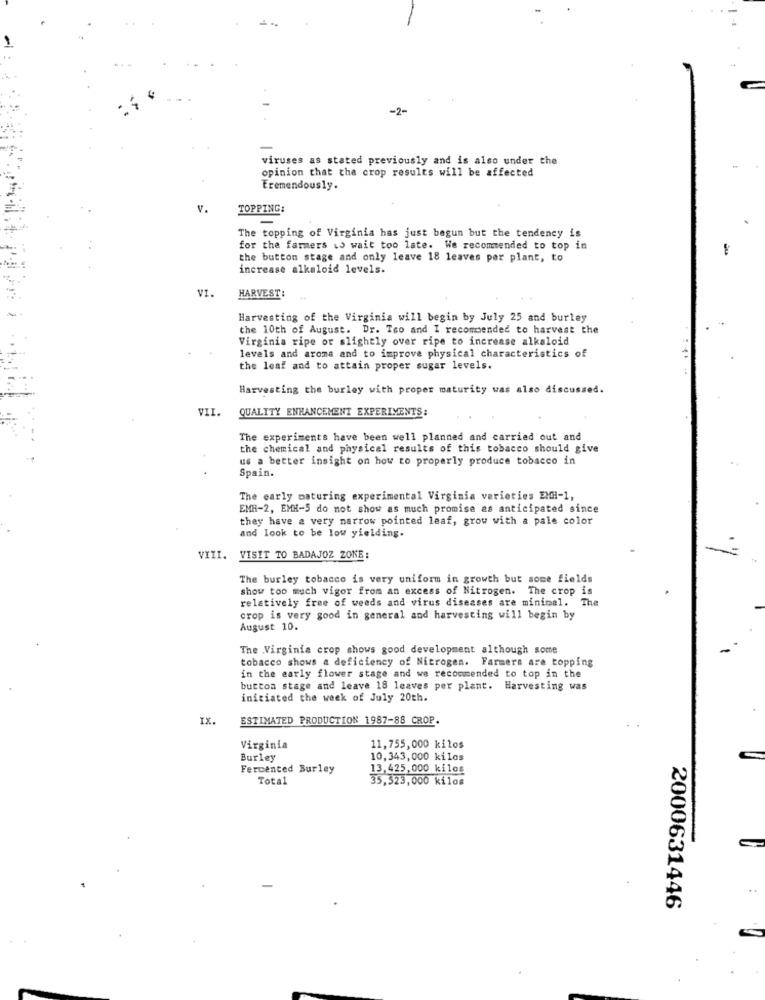
-2-
viruses as stated previously and is also under the
opinion that the crop results will be affected
Eremendously.
v.
TOPPING:
=
The topping of Virginia has just begun but the tendency is
for the farmers to wait too late. We recommended to top in
the button stage and only leave 18 leaves per plant, to
increase alkaloid levels.
VI.
HARVEST:
Harvesting of the Virginia will begin by July 25 and burley
the 10th of August. Dr. Too and I recommended to harvest the
Virginia ripe or slightly over ripe to increase alkaloid
levels and aroma and to improve physical characteristics of
the leaf and to attain proper sugar levels.
Harvesting the burley with proper maturity was also discussed.
VII.
QUALITY ENHANCEMENT EXPERIMENTS:
The experiments have been well planned and carried out and
the chemical and physical results of this tobacco should give
us a better insight on how to properly produce tobacco in
Spain.
The early maturing experimental Virginia varieties EMH-1,
EMH-2, EMH-5 do not show as much promise as anticipated since
they have a very narrow pointed leaf, grow with a pale color
and look to be low yielding.
VIII.
VISIT TO BADAJOZ ZONE:
The burley tobacco is very uniform in growth but some fields
show too much vigor from an excess of Nitrogen. The crop is
relatively free of weeds and virus diseases are minimal. The
crop is very good in general and harvesting will begin by
August 10.
The Virginia crop shows good development although some
tobacco shows a deficiency of Nitrogen. Farmers are topping
in the early flower stage and we recommended to top in the
button stage and leave 18 leaves per plant. Harvesting was
initiated the week of July 20th.
IX.
ESTIMATED PRODUCTION 1987-88 CROP.
Virginia
11,755,000 kilos
Burley
10,343,000 kilos
Fermented Burley
13,425,000 kilos
Total
35,323,000 kilos
2000631446